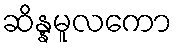
ဆိန္နမူလကော